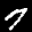
Label: 7